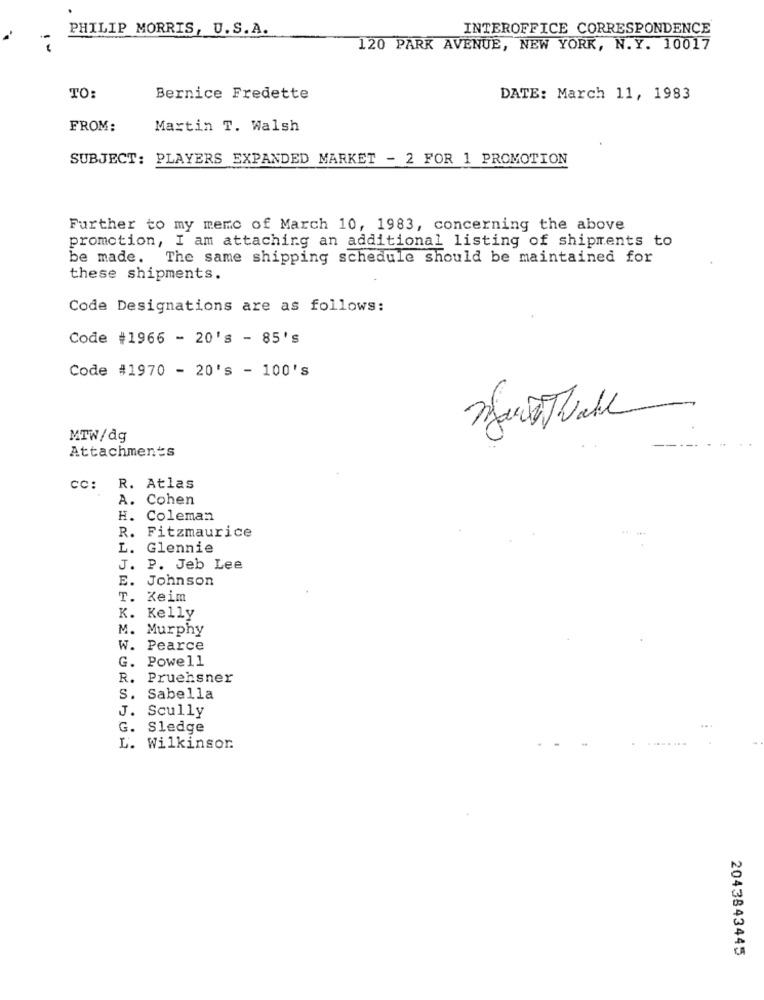
PHILIP MORRIS, U.S.A.
INTEROFFICE CORRESPONDENCE
120 PARK AVENUE, NEW YORK, N.Y. 10017
TO:
Bernice Fredette
DATE: March 11, 1983
FROM:
Martin T. Walsh
SUBJECT: PLAYERS EXPANDED MARKET - 2 FOR 1 PROMOTION
Further to my memc of March 10, 1983, concerning the above
promotion, I am attaching an additional listing of shipments to
be made. The same shipping schedule should be maintained for
these shipments.
Code Designations are as follows:
Code #1966 - 20's - 85's
Code #1970 - 20's - 100's
MTW/dg
Attachments
CC: R. Atlas
A. Cohen
H. Coleman
R. Fitzmaurice
L.
Glennie
J. P. Jeb Lee
E. Johnson
T. Keim
K. Kelly
M. Murphy
W. Pearce
G. Powell
R. Pruensner
S. Sabella
J. Scully
G. Sledge
L. Wilkinson.
2043843445